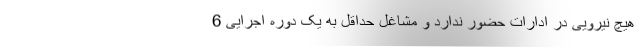
هیچ نیرویی در ادارات حضور ندارد و مشاغل حداقل به یک دوره اجرایی 6